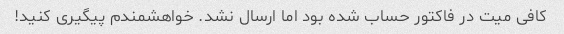
کافی میت در فاکتور حساب شده بود اما ارسال نشد. خواهشمندم پیگیری کنید!